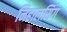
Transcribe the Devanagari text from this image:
निहालसिंग